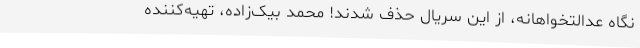
نگاه عدالتخواهانه، از این سریال حذف شدند! محمد بیک‌زاده، تهیه‌کننده